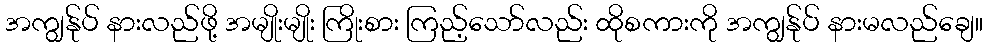
အကျွန်ုပ် နားလည်ဖို့ အမျိုးမျိုး ကြိုးစား ကြည့်သော်လည်း ထိုစကားကို အကျွန်ုပ် နားမလည်ချေ။